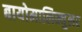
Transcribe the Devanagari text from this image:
बायोमालिक्युलर